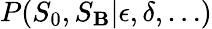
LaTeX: P(S_{0},S_{\mathbf{B}}|\epsilon,\delta,\ldots)